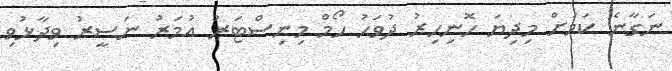
ނަގާނެ ކަމަށް މިދިޔަ ހޮނިހިރު ދުވަހު ހޯމް މިނިސްޓަރު އުމަރު ނަސީރު ވިދާޅުވި